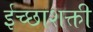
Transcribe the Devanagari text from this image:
ईच्छाशक्ती